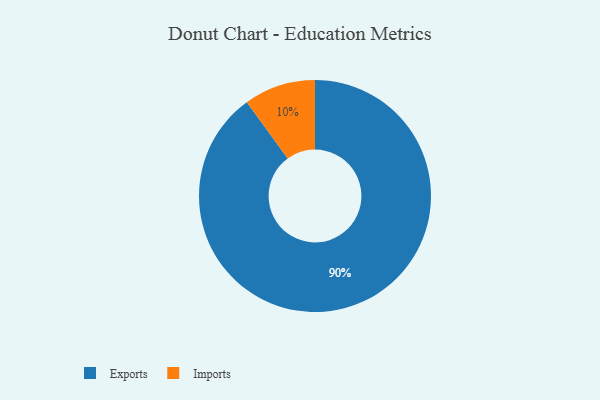
{"axis": {"x": "Category", "y": "Percentage"}, "legend": ["Exports", "Imports"], "data": [{"x": "Imports", "y": 10, "type": "Imports"}, {"x": "Exports", "y": 90, "type": "Exports"}]}